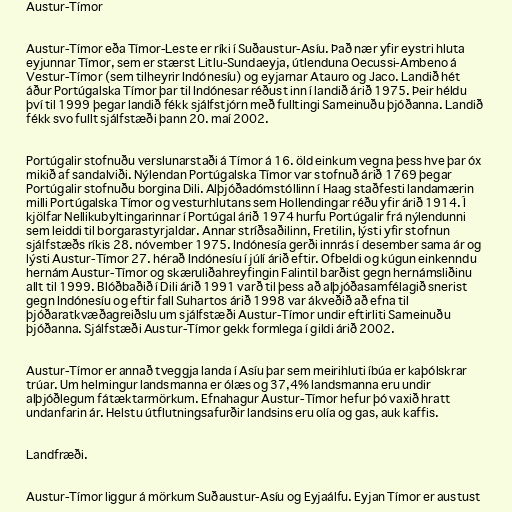
Austur-Tímor

Austur-Tímor eða Tímor-Leste er ríki í Suðaustur-Asíu. Það nær yfir eystri hluta
eyjunnar Tímor, sem er stærst Litlu-Sundaeyja, útlenduna Oecussi-Ambeno á
Vestur-Tímor (sem tilheyrir Indónesíu) og eyjarnar Atauro og Jaco. Landið hét
áður Portúgalska Tímor þar til Indónesar réðust inn í landið árið 1975. Þeir héldu
því til 1999 þegar landið fékk sjálfstjórn með fulltingi Sameinuðu þjóðanna. Landið
fékk svo fullt sjálfstæði þann 20. maí 2002.

Portúgalir stofnuðu verslunarstaði á Tímor á 16. öld einkum vegna þess hve þar óx
mikið af sandalviði. Nýlendan Portúgalska Tímor var stofnuð árið 1769 þegar
Portúgalir stofnuðu borgina Dili. Alþjóðadómstóllinn í Haag staðfesti landamærin
milli Portúgalska Tímor og vesturhlutans sem Hollendingar réðu yfir árið 1914. Í
kjölfar Nellikubyltingarinnar í Portúgal árið 1974 hurfu Portúgalir frá nýlendunni
sem leiddi til borgarastyrjaldar. Annar stríðsaðilinn, Fretilin, lýsti yfir stofnun
sjálfstæðs ríkis 28. nóvember 1975. Indónesía gerði innrás í desember sama ár og
lýsti Austur-Tímor 27. hérað Indónesíu í júlí árið eftir. Ofbeldi og kúgun einkenndu
hernám Austur-Tímor og skæruliðahreyfingin Falintil barðist gegn hernámsliðinu
allt til 1999. Blóðbaðið í Dili árið 1991 varð til þess að alþjóðasamfélagið snerist
gegn Indónesíu og eftir fall Suhartos árið 1998 var ákveðið að efna til
þjóðaratkvæðagreiðslu um sjálfstæði Austur-Tímor undir eftirliti Sameinuðu
þjóðanna. Sjálfstæði Austur-Tímor gekk formlega í gildi árið 2002.

Austur-Tímor er annað tveggja landa í Asíu þar sem meirihluti íbúa er kaþólskrar
trúar. Um helmingur landsmanna er ólæs og 37,4% landsmanna eru undir
alþjóðlegum fátæktarmörkum. Efnahagur Austur-Tímor hefur þó vaxið hratt
undanfarin ár. Helstu útflutningsafurðir landsins eru olía og gas, auk kaffis.

Landfræði.

Austur-Tímor liggur á mörkum Suðaustur-Asíu og Eyjaálfu. Eyjan Tímor er austust